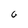
Character: G